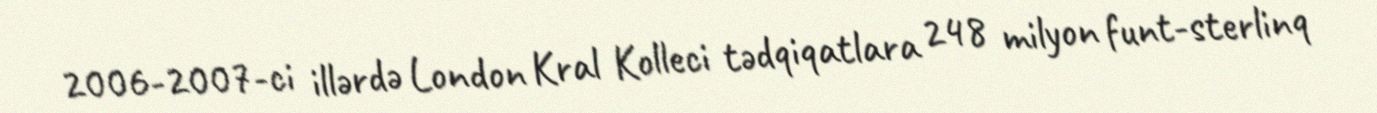
2006-2007-ci illərdə London Kral Kolleci tədqiqatlara 248 milyon funt-sterlinq